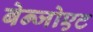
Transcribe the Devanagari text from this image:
बेन्जोएट